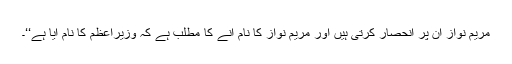
مریم نواز ان پر انحصار کرتی ہیں اور مریم نواز کا نام آنے کا مطلب ہے کہ وزیراعظم کا نام آیا ہے‘‘۔